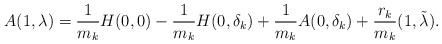
LaTeX: \begin{align*}A(1,\lambda)=\frac{1}{m_k}H(0,0)-\frac{1}{m_k}H(0,\delta_k)+\frac{1}{m_k}A(0,\delta_k)+\frac{r_k}{m_k}(1,\tilde{\lambda}).\end{align*}